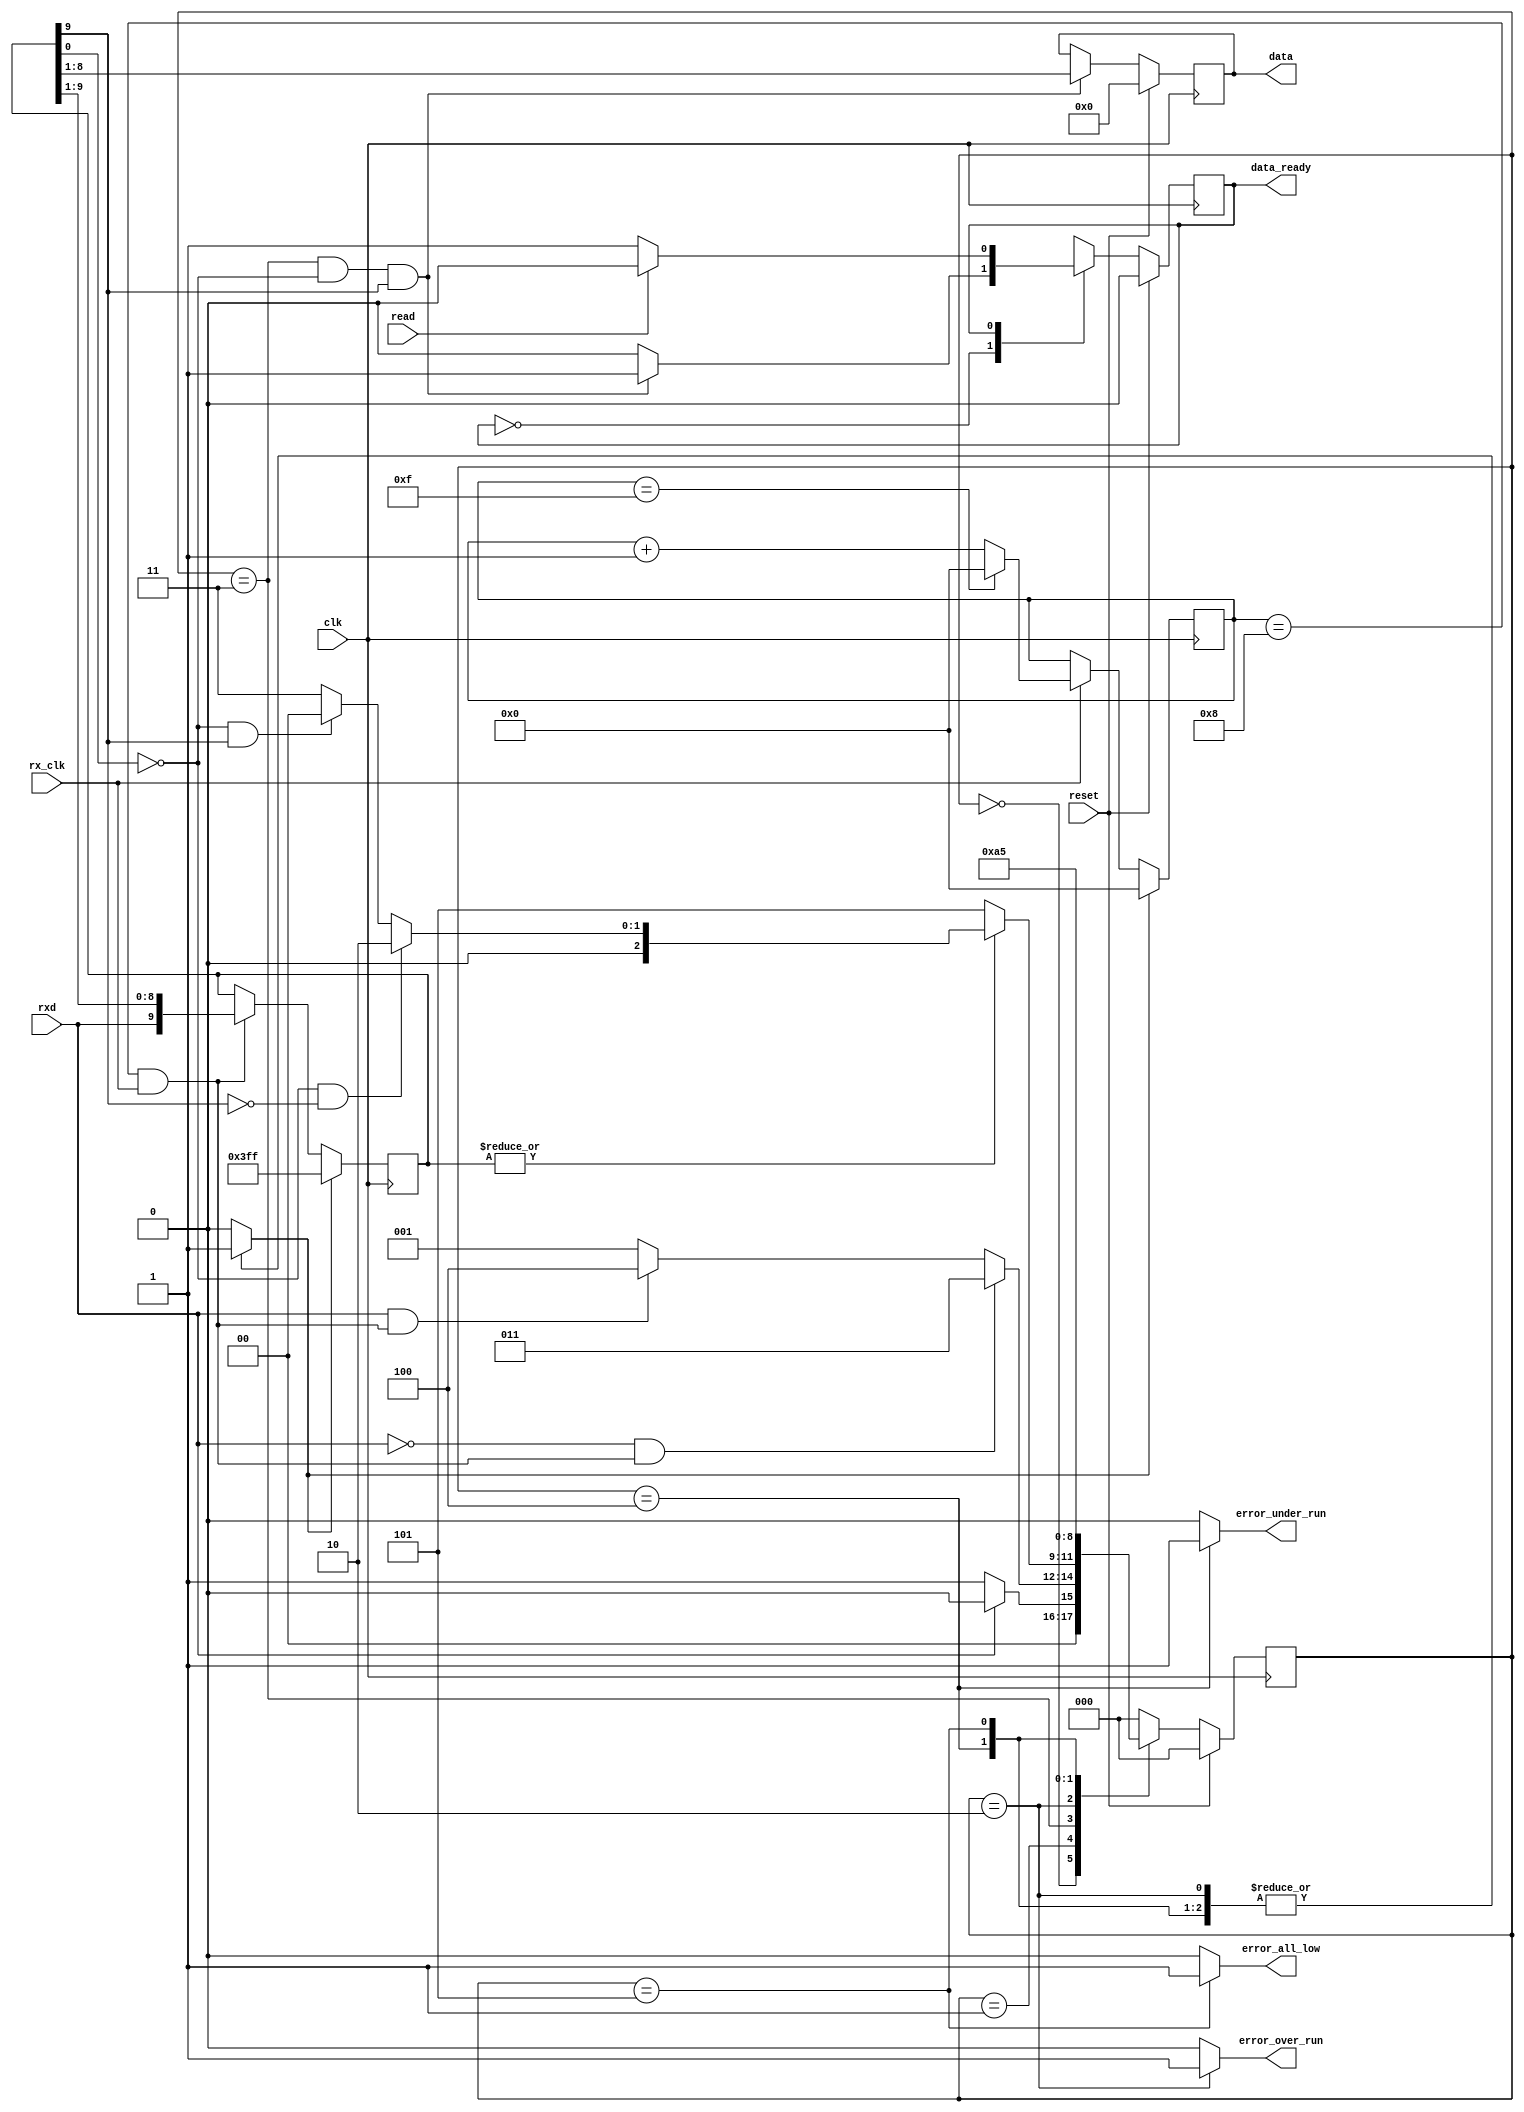
//-----------------------------------------------------------------------------
// module: serial.vhd
// This file contains modules for serial I/O.
//
// OVERVIEW of contents:  One rs232 transmitter block
//                        One rs232 receiver block
//
// Update: Nov.  7, 2000 Created this file, with RS232tx block only
//                       The rs232tx block has no double buffering.
// Update: Nov.  9, 2000 Separated clock generator circuitry into "clock_gen"
// Update: Nov. 29, 2000 Added rs232rx block
// Update: Nov. 30, 2000 Moved contents of "async_tx" and "async_rx" from 
//                       blocks.vhd to this file.
// Update: May   7, 2001 Translated this file from VHDL to verilog, using 
//                       "xhdl"
// Update: May   8, 2001 Since the output of xhdl was rather "spotty", I have
//                       fixed errors and filled in the "holes" in the code.
//                       In addition, I have tried to wean this file from
//                       its previous use and dependency upon "blocks.v"
//                       (also translated from VHDL, but consisting of rather
//                       trivial modules.)
// Update: May   8, 2001 Converted to synchronous resets on all flip-flops.
// Update: May  16, 2001 Re-worked the state machines for rs232rx and rs232tx.
// Update: July 25, 2001 Changed the polarity of q[] in rs232_tx, so that its
//                       output will be the desired (high) level upon initial
//                       FPGA configuration, even before or without a reset!
// Update: Jan. 30, 2002 Corrected the formula in STEP 1: Find the ratio.
//                       (Thanks to Shehryar Shaheen at the University of
//                        Limerick for pointing out the error.)
// Update: June 28, 2002 Fixed "clock_gen" so that it uses the dds_clk.
// Update: Dec.  5, 2002 Removed clock_gen, since there is now a separate block
//                       called "autobaud_with_tracking" which takes over the
//                       function of generating the BAUD clock.
//                       Also removed "clock_gen_select"
//                       Also, removed lengthy instructions concerning how to
//                       set up a DDS to generate a BAUD clock.
//

//-----------------------------------------
// This block takes care of receiving an RS232 input word,
// from the "rxd" line in a serial fashion.
// The user is responsible for providing appropriate CLK
// and clock enable (CE) to achieve the desired Baudot interval
// (NOTE: the state machine operates at "CLOCK_FACTOR_PP" times the
//   desired BAUD rate.  Set it to anything between 2 and 16,
//   inclusive.  Values higher than 16 will not "buy" much for you,
//   and the state machine might not work well for values less than
//   four either, because of the difficulty in sampling rxd at the
//   "middle" of the bit time.  However, it may be useful to adjust
//   the clock_factor around in order to generate good BAUD clocks
//   from odd Fclk frequencies on your board.)
// Each time the "data_ready" line drives high the unit has put
// a newly received data word into its output buffer, and is possibly
// already in the process of receiving the next one.
// Note that support is not provided for 1.5 stop bits, only integral
// numbers of stop bits are allowed.  However, a selection >2 for
// number of stop bits will still work (it will simply receive
// and count additional stop bits before reporting "word_ready"

module rs232rx (
                clk,
                rx_clk,
                reset,
                rxd,
                read,
                data,
                data_ready,
                error_over_run,
                error_under_run,
                error_all_low
                );

// Parameter declarations
parameter START_BITS_PP  = 1;
parameter DATA_BITS_PP  = 8;
parameter STOP_BITS_PP  = 1;
parameter CLOCK_FACTOR_PP  = 16;

// State encodings, provided as parameters
// for flexibility to the one instantiating the module

parameter m1_idle = 0;
parameter m1_start = 1;
parameter m1_shift = 3;
parameter m1_over_run = 2;
parameter m1_under_run = 4;
parameter m1_all_low = 5;
parameter m1_extra_1 = 6;
parameter m1_extra_2 = 7;
parameter m2_data_ready_flag = 1;
parameter m2_data_ready_ack = 0;


// I/O declarations
input clk; 
input rx_clk; 
input reset;
input rxd;
input read;

output [DATA_BITS_PP-1:0] data;
output data_ready;
output error_over_run;
output error_under_run;
output error_all_low;

reg [DATA_BITS_PP-1:0] data;
//reg data_ready;
wire data_ready;
reg error_over_run;
reg error_under_run;
reg error_all_low;

// Local signal declarations
`define TOTAL_RX_BITS START_BITS_PP + DATA_BITS_PP + STOP_BITS_PP

wire word_xfer_l;
wire mid_bit_l;
wire start_bit_l;
wire stop_bit_l;
wire all_low_l;

reg [3:0] intrabit_count_l;
reg [`TOTAL_RX_BITS-1:0] q;
reg shifter_preset;
reg [2:0] m1_state;
reg [2:0] m1_next_state;
reg m2_state;
reg m2_next_state;


  // State register
  always @(posedge clk)
  begin : m1_state_register
    if (reset) m1_state <= m1_idle;
    else m1_state <= m1_next_state;
  end 

  always @(m1_state 
           or reset
           or rxd
           or mid_bit_l
           or all_low_l
           or start_bit_l
           or stop_bit_l
           )
  begin : m1_state_logic
  
    // Output signals are low unless set high in a state condition.
    shifter_preset <= 0;
    error_over_run <= 0;
    error_under_run <= 0;
    error_all_low <= 0;
  
    case (m1_state)

      m1_idle :
        begin
          shifter_preset <= 1'b1;
          if (~rxd) m1_next_state <= m1_start;
          else m1_next_state <= m1_idle;
        end

      m1_start :
        begin
          if (~rxd && mid_bit_l) m1_next_state <= m1_shift;
          else if (rxd && mid_bit_l) m1_next_state <= m1_under_run;
          else m1_next_state <= m1_start;
        end

      m1_shift :
        begin
          if (all_low_l) m1_next_state <= m1_all_low;
          else if (~start_bit_l && ~stop_bit_l) m1_next_state <= m1_over_run;
          else if (~start_bit_l && stop_bit_l) m1_next_state <= m1_idle;
          else m1_next_state <= m1_shift;
        end

      m1_over_run :
        begin
          error_over_run <= 1;
          shifter_preset <= 1'b1;
          if (reset) m1_next_state <= m1_idle;
          else m1_next_state <= m1_over_run;
        end
      
      m1_under_run :
        begin
          error_under_run <= 1;
          shifter_preset <= 1'b1;
          if (reset) m1_next_state <= m1_idle;
          else m1_next_state <= m1_under_run;
        end
        
      m1_all_low :
        begin
          error_all_low <= 1;
          shifter_preset <= 1'b1;
          if (reset) m1_next_state <= m1_idle;
          else m1_next_state <= m1_all_low;
        end
        
      default : m1_next_state <= m1_idle;
    endcase 
  end 
  assign word_xfer_l = ((m1_state == m1_shift) && ~start_bit_l && stop_bit_l);

  // State register
  always @(posedge clk)
  begin : m2_state_register
    if (reset) m2_state <= m2_data_ready_ack;
    else m2_state <= m2_next_state;
  end 

  // State transition logic
  always @(m2_state or word_xfer_l or read)
  begin : m2_state_logic
    case (m2_state)
      m2_data_ready_ack:
            begin
              //data_ready <= 1'b0;
              if (word_xfer_l) m2_next_state <= m2_data_ready_flag;
              else m2_next_state <= m2_data_ready_ack;
            end
      m2_data_ready_flag:
            begin
              //data_ready <= 1'b1;
              if (read) m2_next_state <= m2_data_ready_ack;
              else m2_next_state <= m2_data_ready_flag;
            end
      default : m2_next_state <= m2_data_ready_ack;
    endcase 
  end 
  assign data_ready = (m2_state == m2_data_ready_flag);

  // This counts within a bit-time.
  always @(posedge clk)
  begin
    if (shifter_preset) intrabit_count_l <= 0;
    else if (rx_clk)
    begin
      if (intrabit_count_l == (CLOCK_FACTOR_PP-1)) intrabit_count_l <= 0;
      else intrabit_count_l <= intrabit_count_l + 1;
    end
  end
  // This signal gets one "rx_clk" at the middle of the bit time.
  assign mid_bit_l = ((intrabit_count_l==(CLOCK_FACTOR_PP / 2)) && rx_clk);

  // This is the shift register
  always @(posedge clk)
  begin : rxd_shifter
    if (shifter_preset) q <= -1; // Set to all ones.
    else if (mid_bit_l) q <= {rxd,q[`TOTAL_RX_BITS-1:1]};
  end
  // Note: The definitions of "start_bit_l" and "stop_bit_l" could
  //       well be updated to include _all_ of the start and stop bits.
  assign start_bit_l = q[0];
  assign stop_bit_l = q[`TOTAL_RX_BITS-1];
  assign all_low_l = ~(| q); // Bit-wise or of the entire shift register


  // This is the output buffer
  always @(posedge clk)
  begin : rxd_output
    if (reset) data <= 0;
    else if (word_xfer_l) 
      data <= q[START_BITS_PP+DATA_BITS_PP-1:START_BITS_PP];
  end

endmodule

//`undef TOTAL_RX_BITS


//-----------------------------------------
// This block takes care of framing up an RS232 output word,
// and sending it out the "txd" line in a serial fashion.
// The user is responsible for providing appropriate clk
// and clock enable (tx_clk) to achieve the desired Baudot interval
// (a new bit is transmitted each (tx_clk/clock_factor) pulses)
// (NOTE: the state machine operates at "clock_factor" times the
//   desired BAUD rate.  Set it to anything between 2 and 16,
//   inclusive.  It may be useful to adjust the clock_factor in order to
//   generate good BAUD clocks from odd Fclk frequencies on your board.)
// A load operation is requested by bringing the "load" line high.  However,
// the load will only be accepted when load_request is also high (which  
// just happens to coincide with tx_clk_1x inside of the state machine...)
// Therefore, the "load_request" line may be used as a bus acknowledgement.
// (load_request = "ack_o" in Wishbone terminology -- but it only lasts for
//  one single clk cycle, so be careful how you use it!)
//
// If the "load_request" line is tied to "load," the unit will send
// data characters continuously, with no gaps in between transmissions.
//
// Note that support is not provided for 1.5 stop bits, only integral
// numbers of stop bits are allowed.  A selection of more than 2 for
// number of stop bits will still work fine, it will simply introduce
// a delay between characters being transmitted, although the length
// of the transmitter shift register will also grow to include one
// stage for each stop bit requested...

module rs232tx (
                clk,
                tx_clk,
                reset,
                load,
                data,
                load_request,
                txd
                );

  parameter START_BITS_PP  = 1;
  parameter DATA_BITS_PP  = 8;
  parameter STOP_BITS_PP  = 1;
  parameter CLOCK_FACTOR_PP  = 16;
  parameter TX_BIT_COUNT_BITS_PP = 4;  // = ceil(log(total_bits)/log(2)));

// State encodings, provided as parameters
// for flexibility to the one instantiating the module
  parameter m1_idle = 0;
  parameter m1_waiting = 1;
  parameter m1_sending = 3;
  parameter m1_sending_last_bit = 2;


// I/O declarations
  input clk;
  input tx_clk;
  input reset;
  input load;
  input[DATA_BITS_PP-1:0] data;
  output load_request;
  output txd;

  reg load_request;

// local signals
  `define TOTAL_TX_BITS START_BITS_PP + DATA_BITS_PP + STOP_BITS_PP
  
  reg [`TOTAL_TX_BITS-1:0] q;                 // Actual tx shifter
  reg [TX_BIT_COUNT_BITS_PP-1:0] tx_bit_count_l;
  reg [3:0] prescaler_count_l;
  reg [1:0] m1_state;
  reg [1:0] m1_next_state;

  wire [`TOTAL_TX_BITS-1:0] tx_word = {{STOP_BITS_PP{1'b1}},
                                   data,
                                   {START_BITS_PP{1'b0}}};
  wire begin_last_bit;
  wire start_sending;
  wire tx_clk_1x;

  // This is a prescaler to produce the actual transmit clock.
  always @(posedge clk)
  begin
    if (reset) prescaler_count_l <= 0;
    else if (tx_clk)
    begin
      if (prescaler_count_l == (CLOCK_FACTOR_PP-1)) prescaler_count_l <= 0;
      else prescaler_count_l <= prescaler_count_l + 1;
    end
  end
  assign tx_clk_1x = ((prescaler_count_l == (CLOCK_FACTOR_PP-1) ) && tx_clk);

  // This is the transmitted bit counter
  always @(posedge clk)
  begin
    if (start_sending) tx_bit_count_l <= 0;
    else if (tx_clk_1x)
    begin
      if (tx_bit_count_l == (`TOTAL_TX_BITS-2)) tx_bit_count_l <= 0;
      else tx_bit_count_l <= tx_bit_count_l + 1;
    end
  end
  assign begin_last_bit = ((tx_bit_count_l == (`TOTAL_TX_BITS-2) ) && tx_clk_1x);

  assign start_sending = (tx_clk_1x && load);


  // This state machine handles sending out the transmit data
  
  // State register.
  always @(posedge clk)
  begin : state_register
    if (reset) m1_state <= m1_idle;
    else m1_state <= m1_next_state;
  end

  // State transition logic
  always @(m1_state or tx_clk_1x or load or begin_last_bit)
  begin : state_logic
    // Signal is low unless changed in a state condition.
    load_request <= 0;
    case (m1_state)
      m1_idle :
            begin
              load_request <= tx_clk_1x;
              if (tx_clk_1x && load) m1_next_state <= m1_sending;
              else m1_next_state <= m1_idle;
            end
      m1_sending :
            begin
              if (begin_last_bit) m1_next_state <= m1_sending_last_bit;
              else m1_next_state <= m1_sending;
            end
      m1_sending_last_bit :
            begin
              load_request <= tx_clk_1x;
              if (load & tx_clk_1x) m1_next_state <= m1_sending;
              else if (tx_clk_1x) m1_next_state <= m1_idle;
              else m1_next_state <= m1_sending_last_bit;
            end
      default :
            begin
              m1_next_state <= m1_idle;
            end
    endcase
  end


  // This is the transmit shifter
  always @(posedge clk)
  begin : txd_shifter
    if (reset) q <= 0;  // set output to all ones
    else if (start_sending) q <= ~tx_word;
    else if (tx_clk_1x) q <= {1'b0,q[`TOTAL_TX_BITS-1:1]};
  end
  
  assign txd = ~q[0];

endmodule